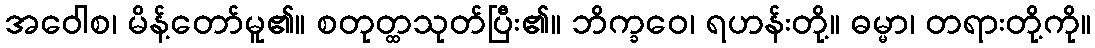
အဝေါစ၊ မိန့်တော်မူ၏။ စတုတ္ထသုတ်ပြီး၏။ ဘိက္ခဝေ၊ ရဟန်းတို့။ ဓမ္မာ၊ တရားတို့ကို။